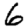
Digit: 6